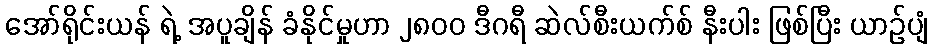
အော်ရိုင်းယန် ရဲ့ အပူချိန် ခံနိုင်မှုဟာ ၂၈၀၀ ဒီဂရီ ဆဲလ်စီးယက်စ် နီးပါး ဖြစ်ပြီး ယာဉ်ပျံ